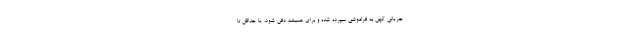
جریانی کهن به فراموشی سپرده شده و برای همیشه دفن شود، یا حداقل تا